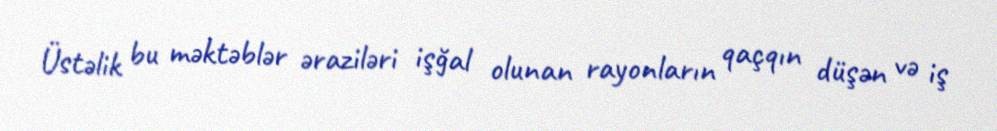
Üstəlik bu məktəblər əraziləri işğal olunan rayonların qaçqın düşən və iş